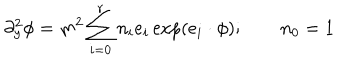
\partial _ { y } ^ { 2 } \phi = m ^ { 2 } \sum _ { i = 0 } ^ { r } n _ { i } e _ { i } \exp ( e _ { i } \cdot \phi ) ; \qquad n _ { 0 } = 1